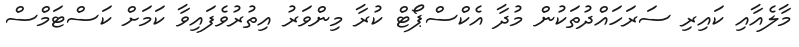
މާލެއާއި ކައިރި ސަރަހައްދުތަކުން މުދާ އެކްސްޕޯޓް ކުރާ މިންވަރު އިތުރުވެފައިވާ ކަމަށް ކަސްޓަމްސް